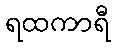
ရထကာရီ